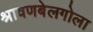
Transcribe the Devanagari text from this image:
श्रावणबेलगोला